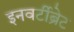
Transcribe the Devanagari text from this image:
इनवर्टीब्रेट